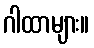
ဂါထာများ။